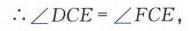
\(\therefore\angle DCE=\angle FCE\)，